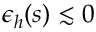
\epsilon _ { h } ( s ) \lesssim 0